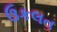
ઉકલત